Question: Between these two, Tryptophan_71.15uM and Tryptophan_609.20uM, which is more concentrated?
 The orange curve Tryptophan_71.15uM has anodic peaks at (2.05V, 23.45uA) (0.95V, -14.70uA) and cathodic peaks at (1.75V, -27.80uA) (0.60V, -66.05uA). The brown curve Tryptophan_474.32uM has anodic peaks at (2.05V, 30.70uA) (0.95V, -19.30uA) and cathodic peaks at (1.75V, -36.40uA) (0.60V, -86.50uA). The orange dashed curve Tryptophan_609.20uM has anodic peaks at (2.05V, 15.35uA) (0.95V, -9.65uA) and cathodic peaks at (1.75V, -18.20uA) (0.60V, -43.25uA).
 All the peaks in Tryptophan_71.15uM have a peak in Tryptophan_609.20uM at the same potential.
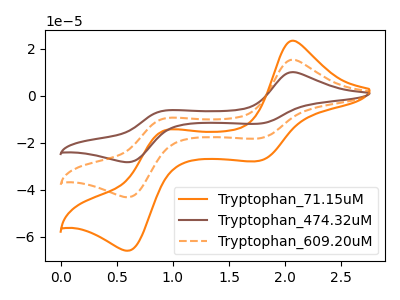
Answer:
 <answer>I cant tell if "Tryptophan_71.15uM" or "Tryptophan_609.20uM" has higher concentration.</answer>
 <eval>mixed_concentration</eval>